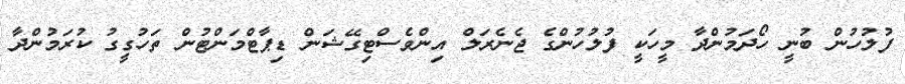
ފުލުހުން ބުނީ ހޯދަމުންދާ މީހަކީ ފުލުހުންގެ ޖެނެރަލް އިންވެސްޓިގޭޝަން ޑިޕާޓްމަންޓުން ތަހުގީގު ކުރަމުންދާ